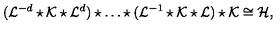
( { \cal L } ^ { - d } \star { \cal K } \star { \cal L } ^ { d } ) \star \ldots \star ( { \cal L } ^ { - 1 } \star \cal { K } \star \cal { L } ) \star \cal { K } \cong { \cal H } ,